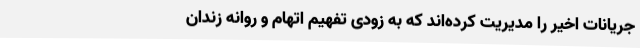
جریانات اخیر را مدیریت کرده‌اند که به زودی تفهیم اتهام و روانه زندان